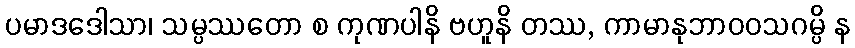
ပမာဒဒေါသာ၊ သမ္ပဿတော စ ကုဏပါနိ ဗဟူနိ တဿ, ကာမာနုဘာဝဝသဂမ္ပိ န